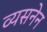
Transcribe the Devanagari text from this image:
व्यसनेन